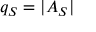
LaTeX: q _ { S } = | A _ { S } |